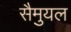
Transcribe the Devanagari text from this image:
सैमुयल